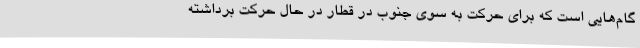
گام‌هایی است که برای حرکت به سوی جنوب در قطار در حال حرکت برداشته